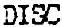
DISC